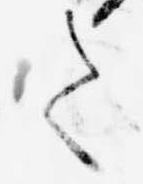
て